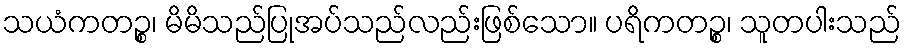
သယံကတဉ္စ၊ မိမိသည်ပြုအပ်သည်လည်းဖြစ်သော။ ပရိကတဉ္စ၊ သူတပါးသည်